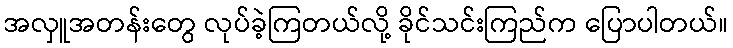
အလှူအတန်းတွေ လုပ်ခဲ့ကြတယ်လို့ ခိုင်သင်းကြည်က ပြောပါတယ်။